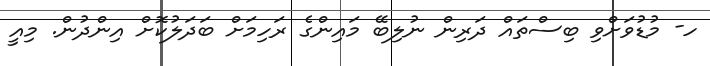
ހ- މުޑުވަށްވި ބިސްތައް ދަރިން ނުލިބޭ މައިންގެ ރަހިމަށް ބަދަލުކޮށް އިންދުން. މިއީ